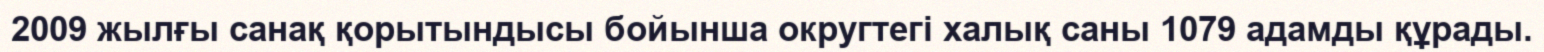
2009 жылғы санақ қорытындысы бойынша округтегі халық саны 1079 адамды құрады.